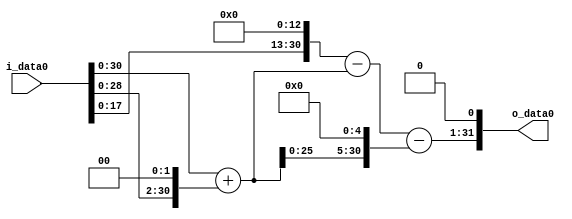
module multiplier_block (
    i_data0,
    o_data0
);

  // Port mode declarations:
  input   [31:0] i_data0;
  output  [31:0]
    o_data0;

  //Multipliers:

  wire [31:0]
    w1,
    w4,
    w5,
    w8192,
    w8187,
    w160,
    w8027,
    w16054;

  assign w1 = i_data0;
  assign w160 = w5 << 5;
  assign w16054 = w8027 << 1;
  assign w4 = w1 << 2;
  assign w5 = w1 + w4;
  assign w8027 = w8187 - w160;
  assign w8187 = w8192 - w5;
  assign w8192 = w1 << 13;

  assign o_data0 = w16054;

  //multiplier_block area estimate = 5272.34396680147;
endmodule